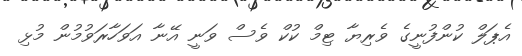
އެޕަލް ކުންފުނީގެ ވެރިޔާ ޓިމް ކުކް ވެސް ވަނީ އޭނާ އަވަހާރަވުމުން މުޅި